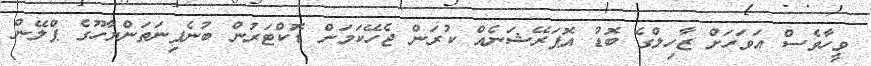
ވީހާވެސް އަވަހަށް ޒާހިލްގެ ބޮޑު އޮޕަރޭޝަނެއް ކުރަން ޖެހޭކަމަށް ޑޮަކްޓަރުން ބުނެފިނަތަންޔާހޫގެ ޕްލޭން